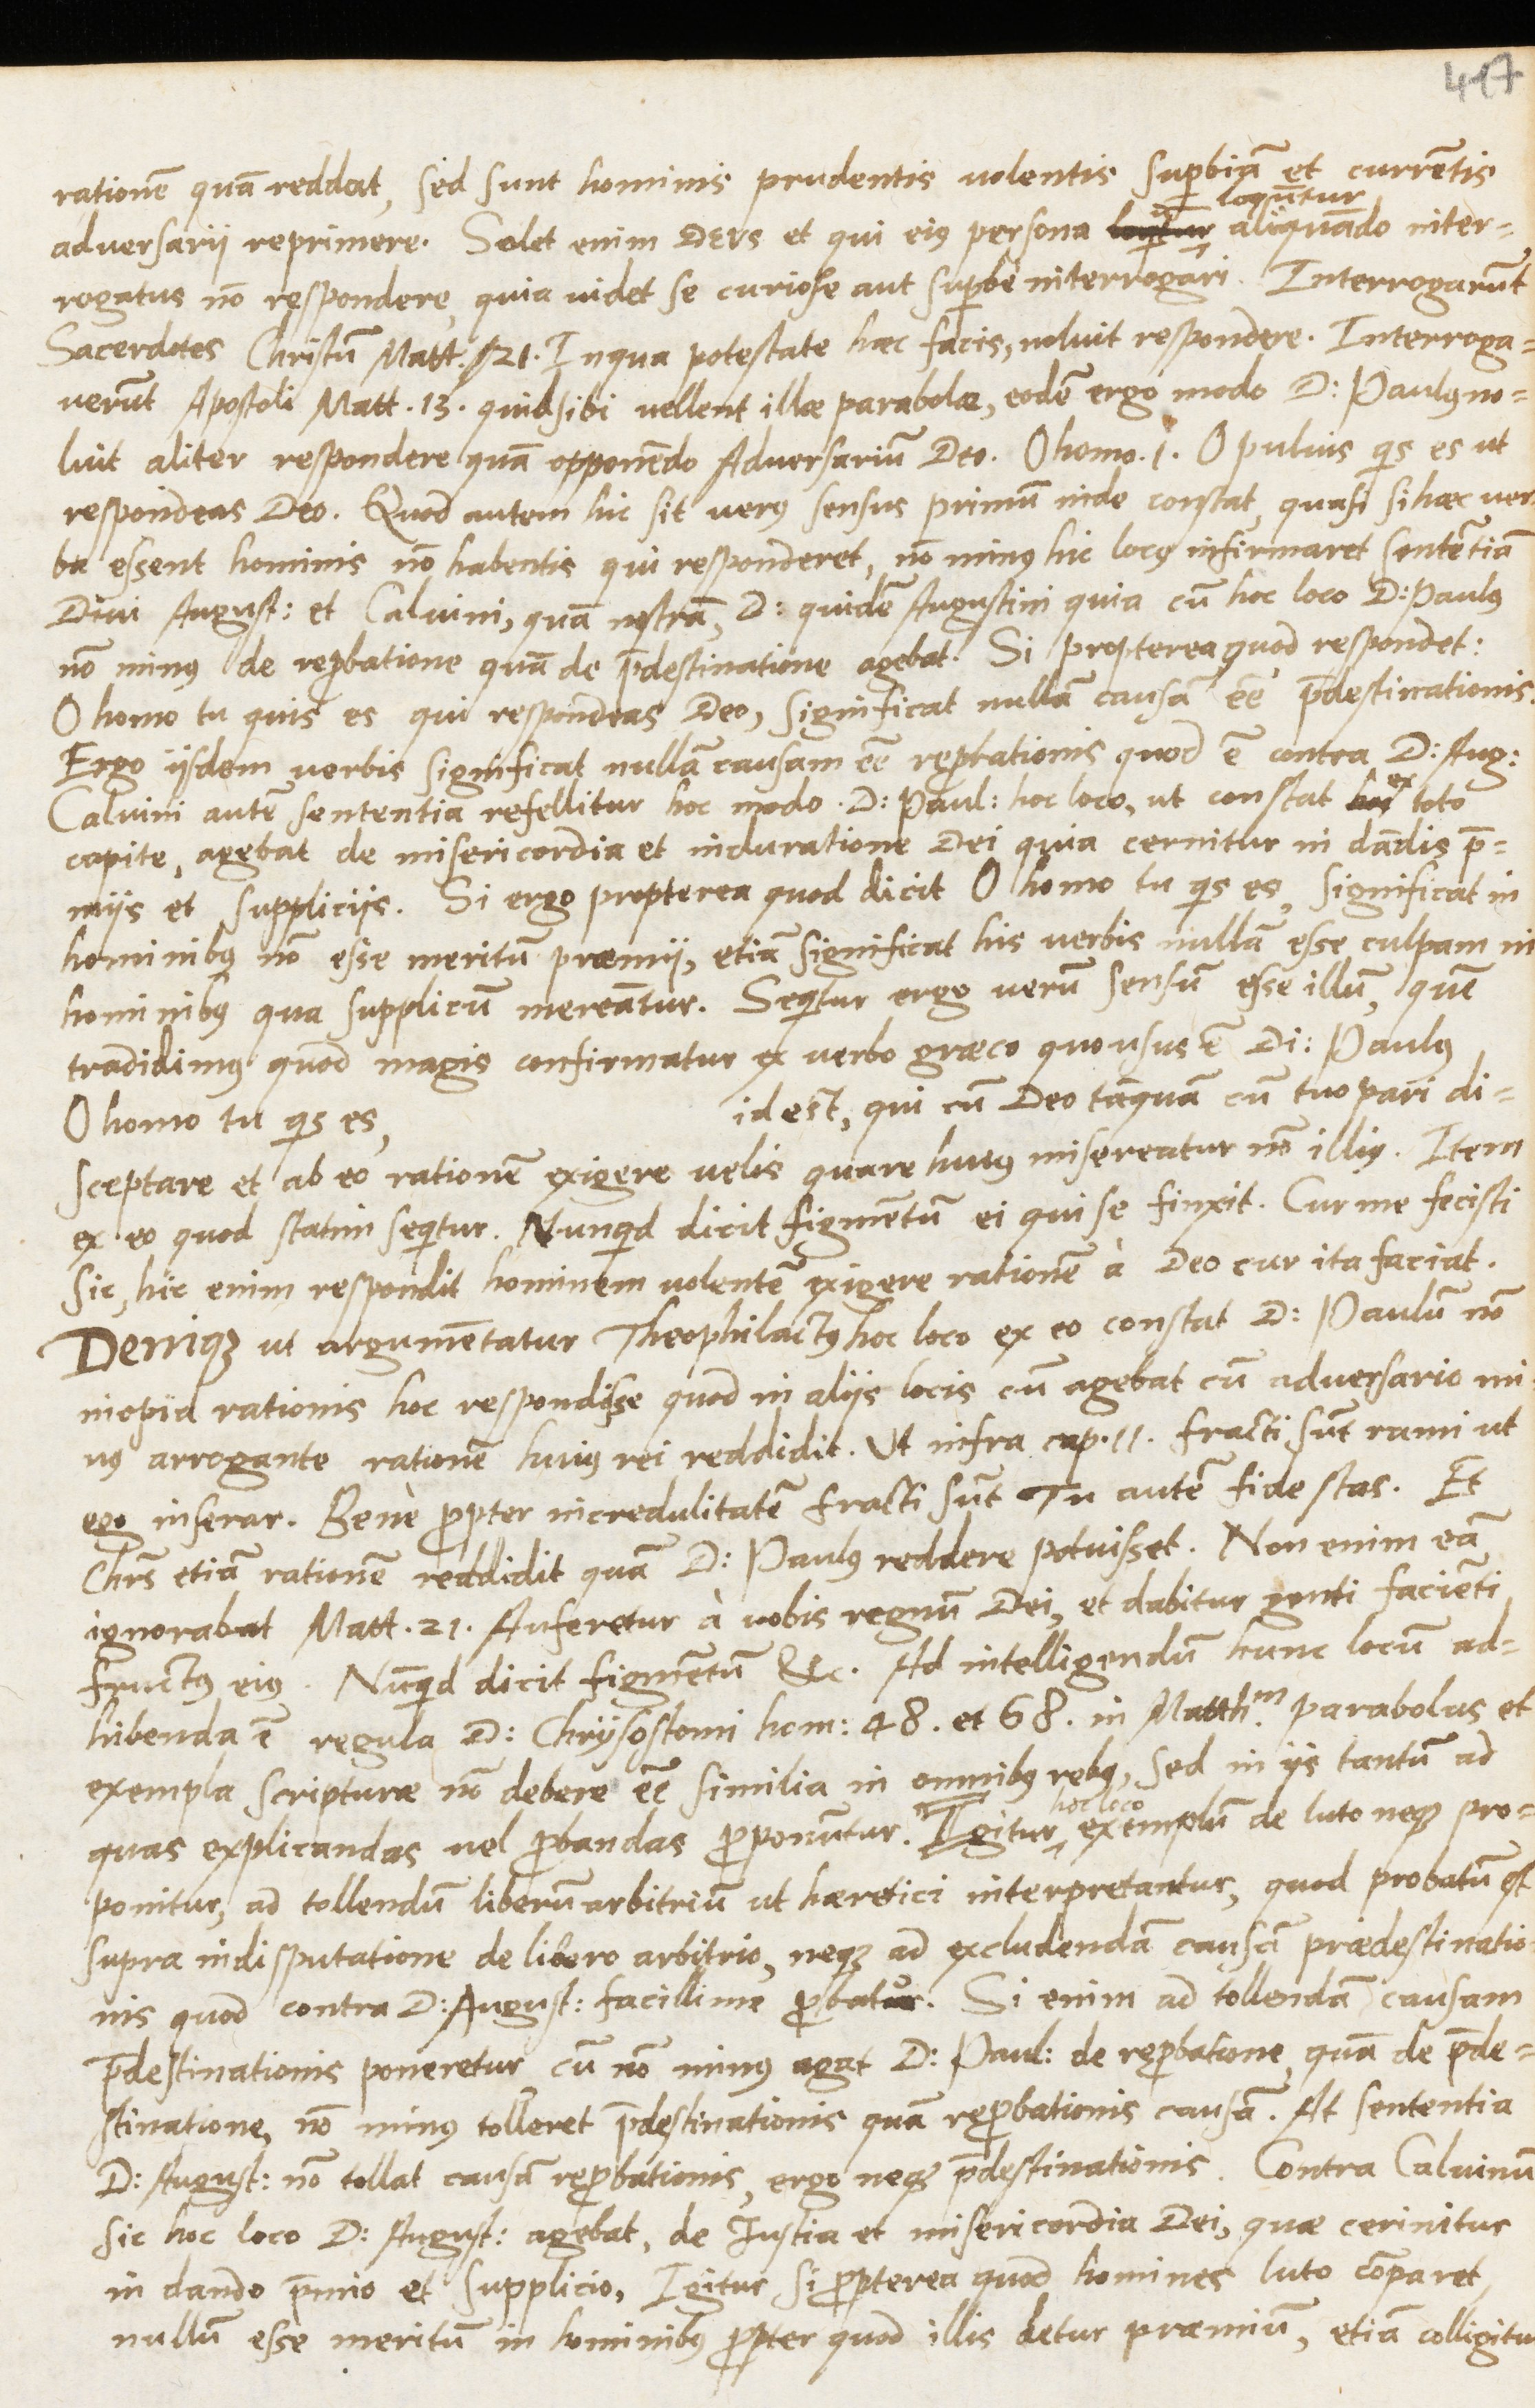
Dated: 1565–1569